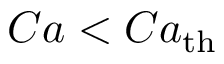
C a < C a _ { \mathrm { t h } }